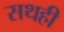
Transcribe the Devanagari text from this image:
सथही